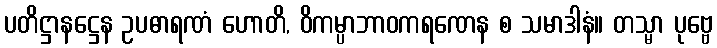
ပတိဋ္ဌာနဋ္ဌေန ဥပဓာရဏံ ဟောတိ, ဝိကမ္ပာဘာဝကရဏေန စ သမာဒါနံ။ တသ္မာ ပုဗ္ဗေ